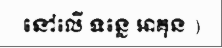
នៅលើ ទន្លេ អាគុន )